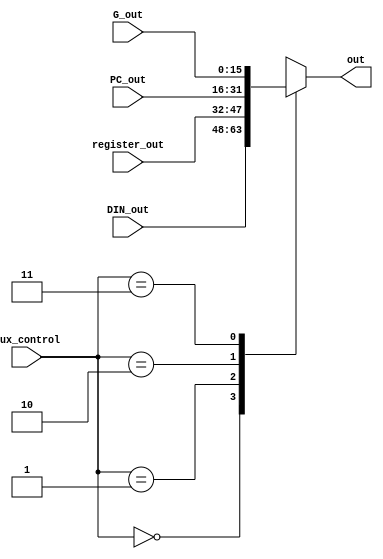
module Multiplexador(mux_control,DIN_out,register_out,PC_out,G_out,out);
	input [1:0] mux_control;
	input [15:0] DIN_out,register_out,PC_out,G_out;
	output reg[15:0] out;
	
	always@(mux_control) begin 
		case(mux_control)
			2'b00: out = DIN_out;
			2'b01: out = register_out;
			2'b10: out = PC_out;
			2'b11: out = G_out;
			default: out = 16'b0;
		endcase
	end
	
endmodule